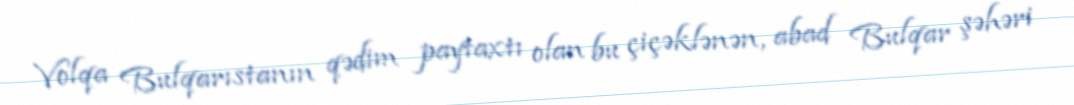
Volqa Bulqarıstanın qədim paytaxtı olan bu çiçəklənən, abad Bulqar şəhəri